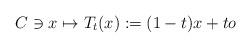
LaTeX: \begin{align*}C \ni x \mapsto T_{t} (x) : = (1-t)x + t o\end{align*}